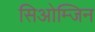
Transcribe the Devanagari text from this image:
सिओम्जिन